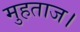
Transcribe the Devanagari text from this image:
मुहताज।